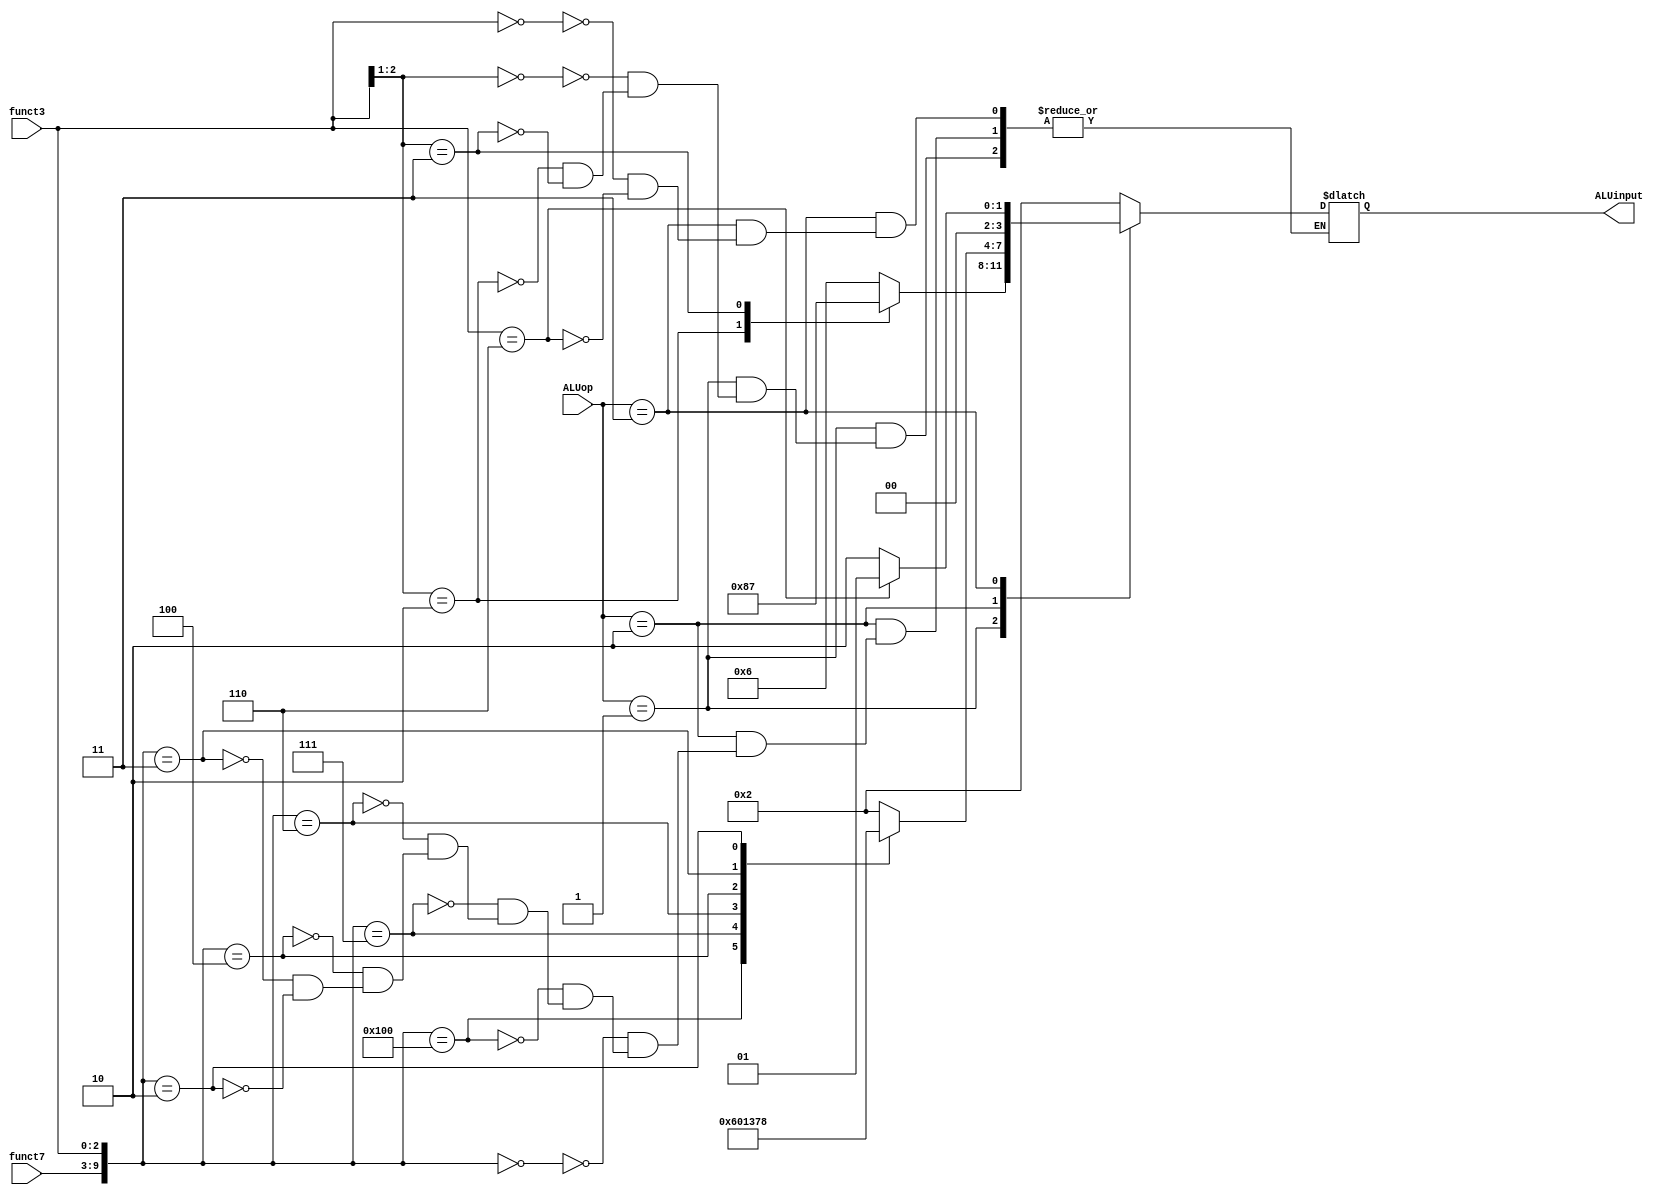
`timescale 1ns / 1ps

module ALUcontrol(input [1:0] ALUop,
                   input [6:0] funct7,
                   input [2:0] funct3,
                   output reg [3:0] ALUinput);
                   
    always @ (ALUop) begin
        casex(ALUop)
            2'b00: begin
                casex({funct7,funct3})
                    10'bxxxxxxxxxx: ALUinput = 4'b0010; //ld,sd
                endcase
            end
            2'b01: begin
                casex({funct7,funct3})
                    10'bxxxxxxx00x: ALUinput = 4'b0110; //beq, bne
                    10'bxxxxxxx10x: ALUinput = 4'b1000; //blt, bge
                    10'bxxxxxxx11x: ALUinput = 4'b0111; //bltu, bgeu
                endcase
            end
            2'b10: begin
                casex({funct7,funct3})
                    10'b0000000000: ALUinput = 4'b0010; //add
                    10'b0100000000: ALUinput = 4'b0110; //sub
                    10'b0000000111: ALUinput = 4'b0000; //and
                    10'b0000000110: ALUinput = 4'b0001; //or
                    10'b0000000100: ALUinput = 4'b0011; //xor
                    10'b0000000011: ALUinput = 4'b0111; //sltu
                    10'b0000000010: ALUinput = 4'b1000; //slt
                endcase
            end
            2'b11: begin
                casex({funct7,funct3})
                    10'bxxxxxxx000: ALUinput = 4'b0010; //addi
                    10'bxxxxxxx110: ALUinput = 4'b0001; //ori
                endcase
            end
            2'b1x: begin
                casex({funct7,funct3})
                    10'b000000x101: ALUinput = 4'b0101; //srl, srli
                    10'b000000x001: ALUinput = 4'b0100; //sll, slli
                    10'b010000x101: ALUinput = 4'b1001; //sra, srai
                endcase
            end
        endcase
    end
                   
endmodule